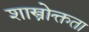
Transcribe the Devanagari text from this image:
शास्त्रोक्तता